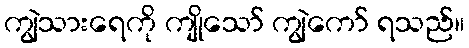
ကျွဲသားရေကို ကျိုသော် ကျွဲကော် ရသည်။